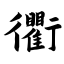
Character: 衢